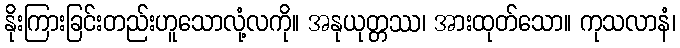
နိုးကြားခြင်းတည်းဟူသောလုံ့လကို။ အနုယုတ္တဿ၊ အားထုတ်သော။ ကုသလာနံ၊